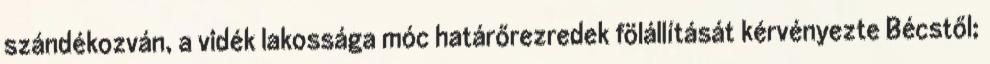
szándékozván, a vidék lakossága móc határőrezredek fölállítását kérvényezte Bécstől;